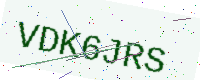
Text: VDK6JRS